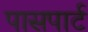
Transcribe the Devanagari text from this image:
पासपार्ट